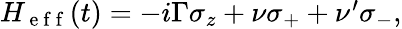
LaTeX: \begin{array}{r}{H_{\mathrm{~e~f~f~}}(t)=-i\Gamma\sigma_{z}+\nu\sigma_{+}+\nu^{\prime}\sigma_{-},}\end{array}